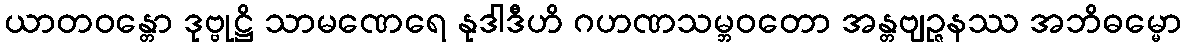
ယာတဝန္တော ဒုဗ္ဗုဋ္ဌိ သာမဏေရေ နုဒါဒီဟိ ဂဟဏသမ္ဘဝတော အန္တဗျဉ္ဇနဿ အဘိဓမ္မော